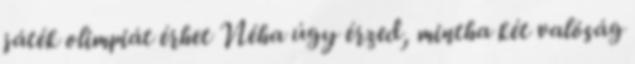
játék olimpiát érhet Néha úgy érzed, mintha két valóság